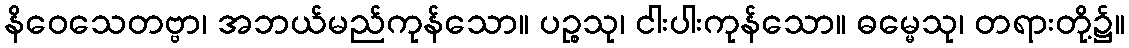
နိဝေသေတဗ္ဗာ၊ အဘယ်မည်ကုန်သော။ ပဉ္စသု၊ ငါးပါးကုန်သော။ ဓမ္မေသု၊ တရားတို့၌။